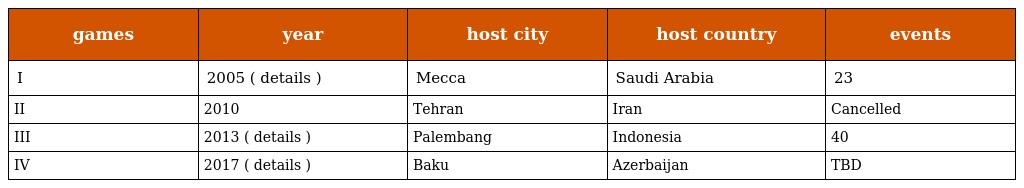
| games | year | host city | host country | events |
 | --- | --- | --- | --- | --- |
 | I | 2005 ( details ) | Mecca | Saudi Arabia | 23 |
 | II | 2010 | Tehran | Iran | Cancelled |
 | III | 2013 ( details ) | Palembang | Indonesia | 40 |
 | IV | 2017 ( details ) | Baku | Azerbaijan | TBD |